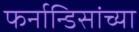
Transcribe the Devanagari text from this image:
फर्नान्डिसांच्या